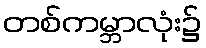
တစ်ကမ္ဘာလုံး၌